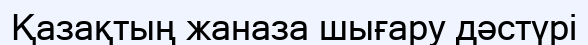
Қазақтың жаназа шығару дәстүрі